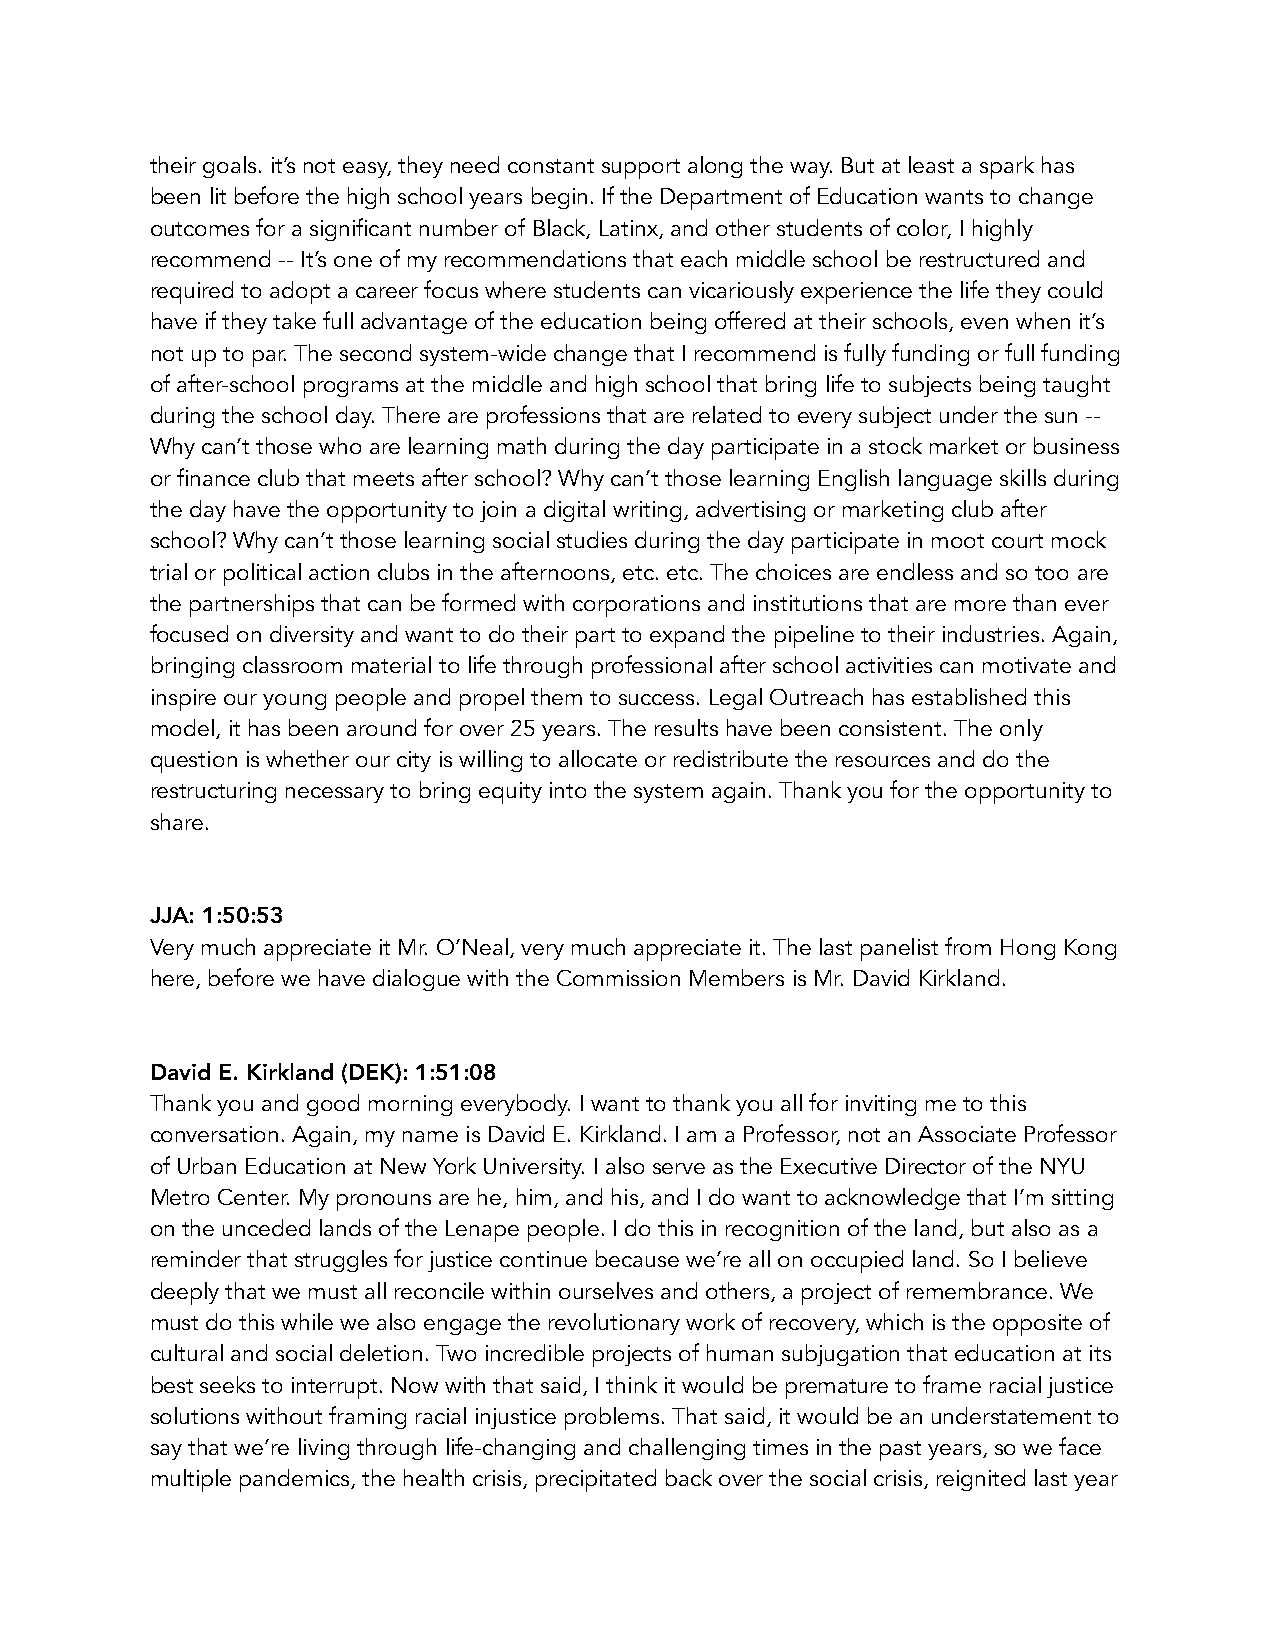
their goals. it’s not easy, they need constant support along the way. But at least a spark has
 been lit before the high school years begin. If the Department of Education wants to change
 outcomes for a significant number of Black, Latinx, and other students of color, I highly
 recommend -- It’s one of my recommendations that each middle school be restructured and
 required to adopt a career focus where students can vicariously experience the life they could
 have if they take full advantage of the education being offered at their schools, even when it’s
 not up to par. The second system-wide change that I recommend is fully funding or full funding
 of after-school programs at the middle and high school that bring life to subjects being taught
 during the school day. There are professions that are related to every subject under the sun --
 Why can’t those who are learning math during the day participate in a stock market or business
 or finance club that meets after school? Why can’t those learning English language skills during
 the day have the opportunity to join a digital writing, advertising or marketing club after
 school? Why can’t those learning social studies during the day participate in moot court mock
 trial or political action clubs in the afternoons, etc. etc. The choices are endless and so too are
 the partnerships that can be formed with corporations and institutions that are more than ever
 focused on diversity and want to do their part to expand the pipeline to their industries. Again,
 bringing classroom material to life through professional after school activities can motivate and
 inspire our young people and propel them to success. Legal Outreach has established this
 model, it has been around for over 25 years. The results have been consistent. The only
 question is whether our city is willing to allocate or redistribute the resources and do the
 restructuring necessary to bring equity into the system again. Thank you for the opportunity to
 share.
 JJA: 1:50:53
 Very much appreciate it Mr. O’Neal, very much appreciate it. The last panelist from Hong Kong
 here, before we have dialogue with the Commission Members is Mr. David Kirkland.
 David E. Kirkland (DEK): 1:51:08
 Thank you and good morning everybody. I want to thank you all for inviting me to this
 conversation. Again, my name is David E. Kirkland. I am a Professor, not an Associate Professor
 of Urban Education at New York University. I also serve as the Executive Director of the NYU
 Metro Center. My pronouns are he, him, and his, and I do want to acknowledge that I’m sitting
 on the unceded lands of the Lenape people. I do this in recognition of the land, but also as a
 reminder that struggles for justice continue because we’re all on occupied land. So I believe
 deeply that we must all reconcile within ourselves and others, a project of remembrance. We
 must do this while we also engage the revolutionary work of recovery, which is the opposite of
 cultural and social deletion. Two incredible projects of human subjugation that education at its
 best seeks to interrupt. Now with that said, I think it would be premature to frame racial justice
 solutions without framing racial injustice problems. That said, it would be an understatement to
 say that we’re living through life-changing and challenging times in the past years, so we face
 multiple pandemics, the health crisis, precipitated back over the social crisis, reignited last year